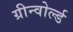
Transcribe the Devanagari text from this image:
ग्रीन्वोर्ल्ड